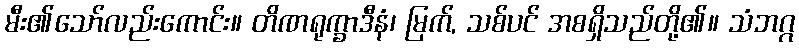
မီး၏သော်လည်းကောင်း။ တိဏရုက္ခာဒီနံ၊ မြက်, သစ်ပင် အစရှိသည်တို့၏။ သံဘဂ္ဂ